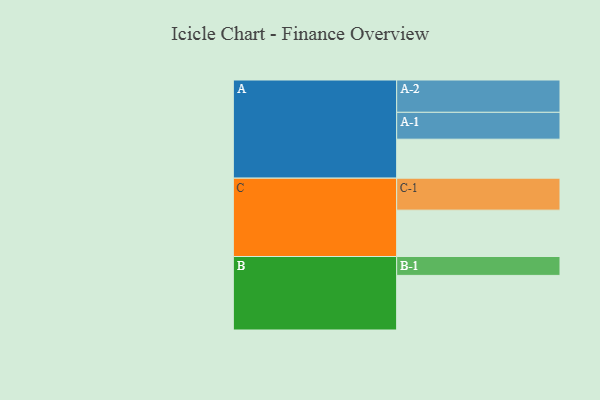
{"axis": {"x": "Segment", "y": "Value"}, "legend": ["", "A", "B", "C"], "data": [{"x": "A", "y": 322, "type": ""}, {"x": "B", "y": 451, "type": ""}, {"x": "C", "y": 383, "type": ""}, {"x": "A-1", "y": 222, "type": "A"}, {"x": "A-2", "y": 267, "type": "A"}, {"x": "B-1", "y": 156, "type": "B"}, {"x": "C-1", "y": 264, "type": "C"}]}